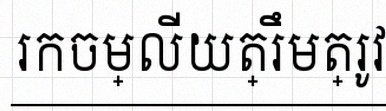
រកចម្លើយត្រឹមត្រូវ